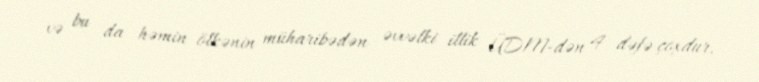
və bu da həmin ölkənin müharibədən əvvəlki illik ÜDM-dən 4 dəfə çoxdur.